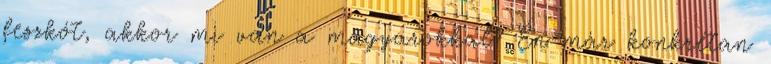
feszkót, akkor mi van a magyarokkal? Én már konkrétan